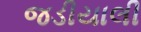
જડીયાલી